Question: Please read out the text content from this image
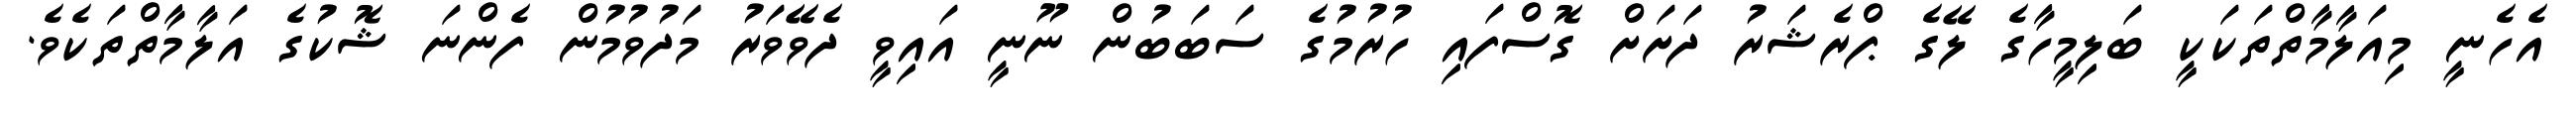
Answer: އެހެނީ މިއަލާމާތްތަކަކީ ބަލިމީހާގެ ލޭގެ ޕްރެޝަރު ދަށަށް ގޮސްފައި ހުރުމުގެ ސަބަބުން ނޫނީ އައިވީ ދެވޭވަރު މަދުވުމުން ފެންނަ ޝޮކުގެ އަލާމާތްތަކެވެ.